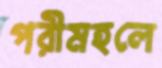
পরীমহলে